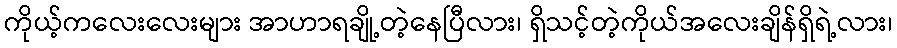
ကိုယ့်ကလေးလေးများ အာဟာရချို့တဲ့နေပြီလား၊ ရှိသင့်တဲ့ကိုယ်အလေးချိန်ရှိရဲ့လား၊